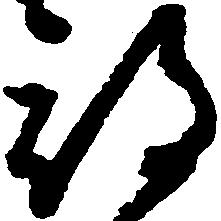
期